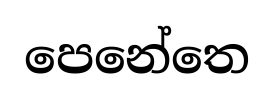
පෙනේතෙ